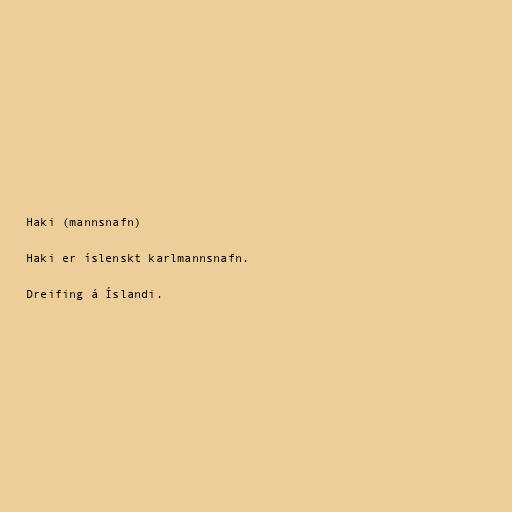
Haki (mannsnafn)

Haki er íslenskt karlmannsnafn.

Dreifing á Íslandi.